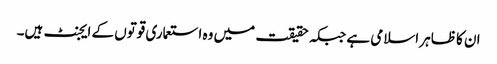
ان کا ظاہر اسلامی ہے جبکہ حقیقت میں وہ استعماری قوتوں کے ایجنٹ ہیں۔